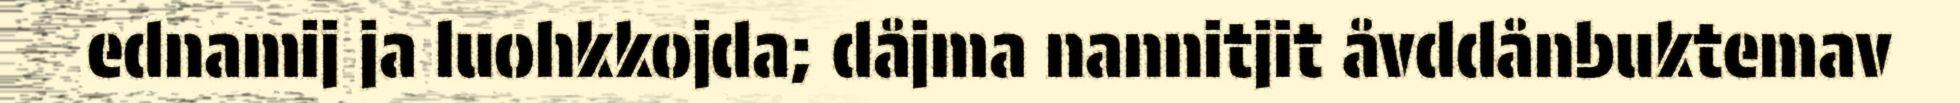
ednamij ja luohkkojda; dåjma nannitjit åvddånbuktemav